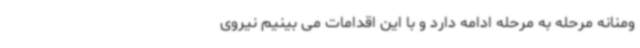
ومنانه مرحله به مرحله ادامه دارد و با این اقدامات می بینیم نیروی